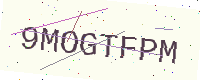
Text: 9MOGTFPM